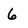
Character: 6